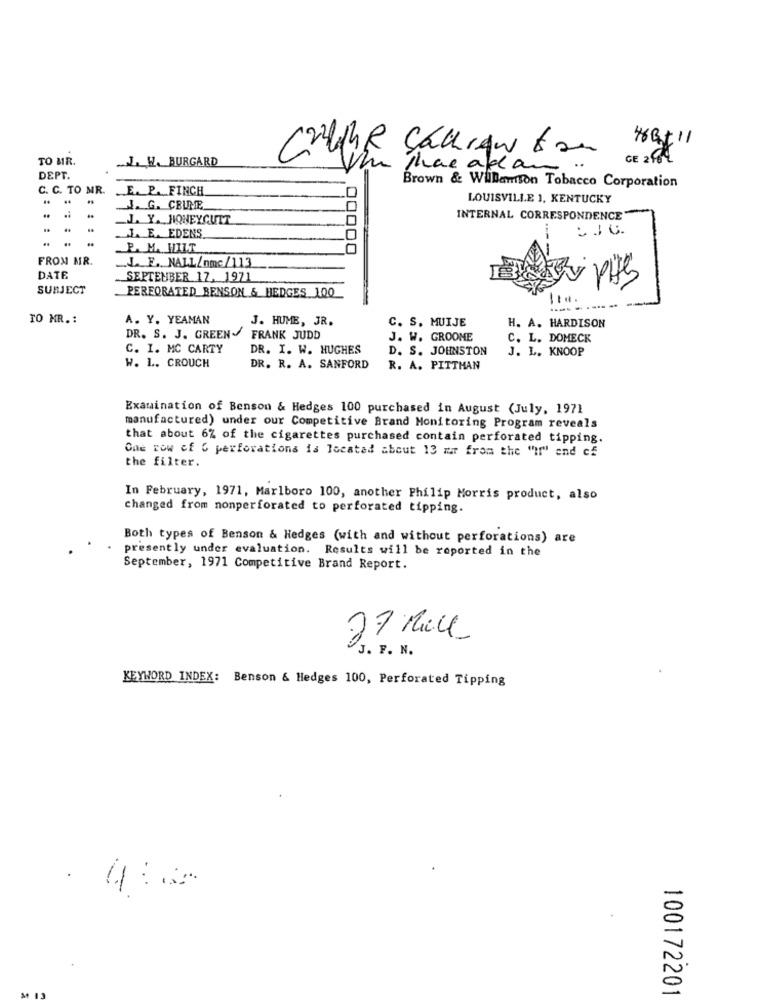
TO MR.
Cruhe Cachrow tam
CE 2
the Three adan
DEPT.
C. C. TO MR.
E. P. FINCH
Brown & Williamson Tobacco Corporation
LOUISVILLE 1, KENTUCKY
J. G. CBUME
L. Y. HONEYCUTT
INTERNAL CORRESPONDENCE
I. E. EDENS.
..
P. M. HIIT
FROM MR.
.J ... F ., NALL/nmc/113
DATE
SEPTEMBER 17. 1971
SUBJECT
v pits
PERFORATED BENSON & HEDGES 100
TO MR .:
A. Y. YEAMAN
J. HUME, JR.
C. S. MUIJE
H. A. HARDISON
DR. S. J. GREEN . FRANK JUDD
J. W. GROOME
C. L. DOMECK
C. I. MC CARTY
DR. I. W. HUGHES
D. S. JOHNSTON
J. L. KNOOP
W. L. CROUCH
DR. R. A. SANFORD
R. A. PITTHAN
Examination of Benson & Hedges 100 purchased in August (July, 1971
manufactured) under our Competitive Brand Monitoring Program reveals
that about 6% of the cigarettes purchased contain perforated tipping.
One row of 6 perforations is located about 13 mir from the "If"' end cf
the filter.
In February, 1971, Marlboro 100, another Philip Morris product, also
changed from nonperforated to perforated tipping.
Both types of Benson & Hedges (with and without perforations) are
presently under evaluation. Results will be reported in the
September, 1971 Competitive Brand Report.
27 Rice
O J. F. N.
KEYWORD INDEX: Benson & Hedges 100, Perforated Tipping
. 4:02
.
100172201